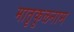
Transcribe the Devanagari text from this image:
मातृकुलनाम